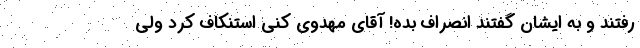
رفتند و به ایشان گفتند انصراف بده! آقای مهدوی کنی استنکاف کرد ولی